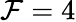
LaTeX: \mathcal{F}=4